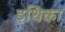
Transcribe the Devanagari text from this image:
इथिका